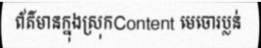
ព័ត៌មានក្នុងស្រុកContent មេចោរប្លន់